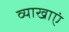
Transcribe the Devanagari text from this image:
व्याखाएं